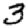
Digit: 3